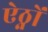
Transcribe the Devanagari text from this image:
ऐठ्नों